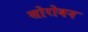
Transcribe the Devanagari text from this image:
सोरोबन